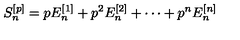
S _ { n } ^ { [ p ] } = p E _ { n } ^ { [ 1 ] } + p ^ { 2 } E _ { n } ^ { [ 2 ] } + \cdots + p ^ { n } E _ { n } ^ { [ n ] }